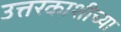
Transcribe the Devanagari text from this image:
उत्तरकाशीच्या